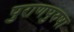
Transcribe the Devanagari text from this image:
पुराणपुरुषा